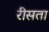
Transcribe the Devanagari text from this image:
रीसता